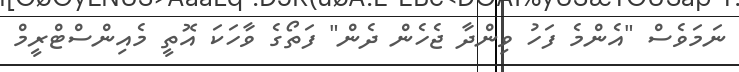
ނަމަވެސް "އެންމެ ފަހު ވިންދާ ޖެހެން ދެން" ފަތޯގެ ވާހަކަ އޮތީ މެއިންސްޓްރީމް